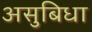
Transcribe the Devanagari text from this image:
असुबिधा